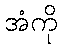
အံကို